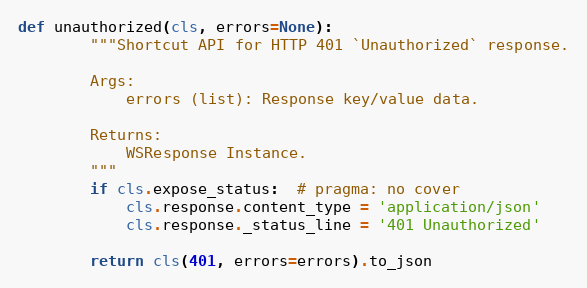
Language: Python
def unauthorized(cls, errors=None):
        """Shortcut API for HTTP 401 `Unauthorized` response.

        Args:
            errors (list): Response key/value data.

        Returns:
            WSResponse Instance.
        """
        if cls.expose_status:  # pragma: no cover
            cls.response.content_type = 'application/json'
            cls.response._status_line = '401 Unauthorized'

        return cls(401, errors=errors).to_json